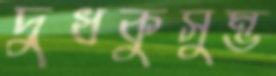
দুধকুসুম্ভ